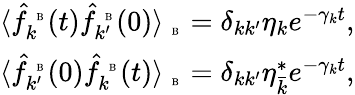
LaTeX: \begin{array}{r}{\langle\hat{f}_{k}^{\mathrm{~\tiny~B~}}(t)\hat{f}_{k^{\prime}}^{\mathrm{~\tiny~B~}}(0)\rangle_{\mathrm{~\tiny~B~}}=\delta_{kk^{\prime}}\eta_{k}e^{-\gamma_{k}t},}\\ {\langle\hat{f}_{k^{\prime}}^{\mathrm{~\tiny~B~}}(0)\hat{f}_{k}^{\mathrm{~\tiny~B~}}(t)\rangle_{\mathrm{~\tiny~B~}}=\delta_{kk^{\prime}}\eta_{\bar{k}}^{\ast}e^{-\gamma_{k}t},}\end{array}